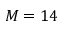
M = 1 4